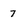
Character: 7